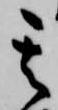
其